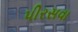
પીરસવા